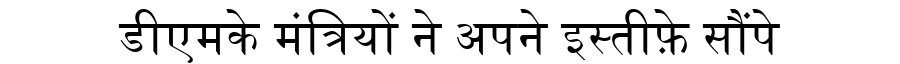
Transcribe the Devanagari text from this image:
डीएमके मंत्रियों ने अपने इस्तीफ़े सौंपे